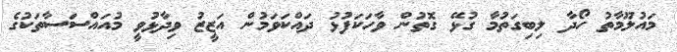
މައުލޫމާތު ހޯދާ ލިބިގަތުމާ ގުޅޭ ގޮތުން ވާހަކަފުޅު ދައްކަވަމުން އަޒީޒު ވިދާޅުވީ މުއައްސަސާތަކުގެ